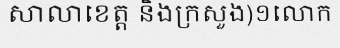
សាលាខេត្ត និងក្រសួង)១លោក